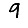
Digit: 9